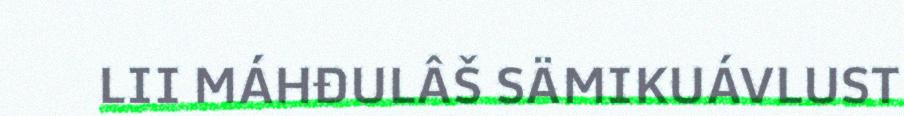
LII MÁHĐULÂŠ SÄMIKUÁVLUST